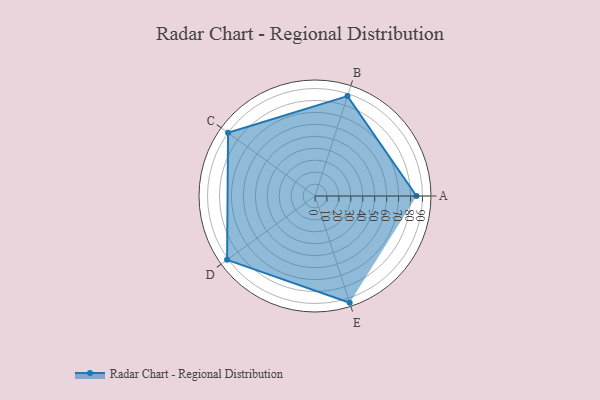
{"axis": {"x": "Skill", "y": "Score"}, "legend": ["Profile"], "data": [{"x": "A", "y": 85.0, "type": "Profile"}, {"x": "B", "y": 88.0, "type": "Profile"}, {"x": "C", "y": 90.0, "type": "Profile"}, {"x": "D", "y": 91.0, "type": "Profile"}, {"x": "E", "y": 94.0, "type": "Profile"}]}